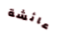
عائشة